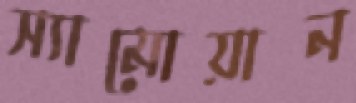
স্যামোয়ান